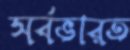
সর্বভারত